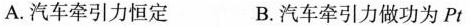
A. 汽车牵引力恒定 B. 汽车牵引力做功为Pt